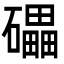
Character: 礧